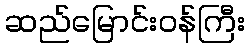
ဆည်မြောင်းဝန်ကြီး